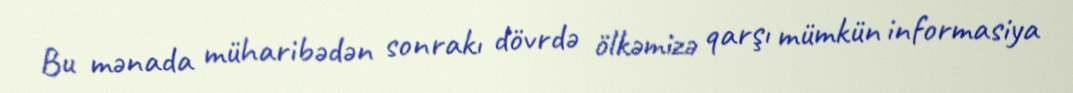
Bu mənada müharibədən sonrakı dövrdə ölkəmizə qarşı mümkün informasiya